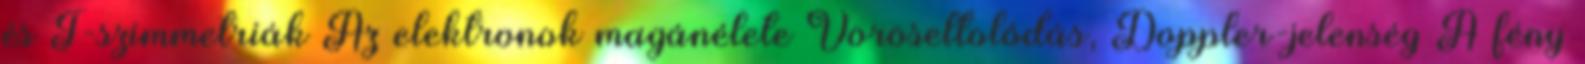
és T-szimmetriák Az elektronok magánélete Vöröseltolódás, Doppler-jelenség A fény